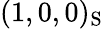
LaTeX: (1,0,0)_{\mathrm{S}}